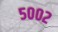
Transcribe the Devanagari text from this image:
५००२